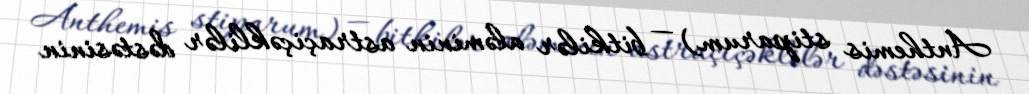
Anthemis stiparum) — bitkilər aləminin astraçiçəklilər dəstəsinin